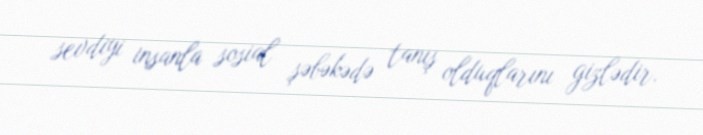
sevdiyi insanla sosial şəbəkədə tanış olduqlarını gizlədir.